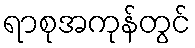
ရာစုအကုန်တွင်